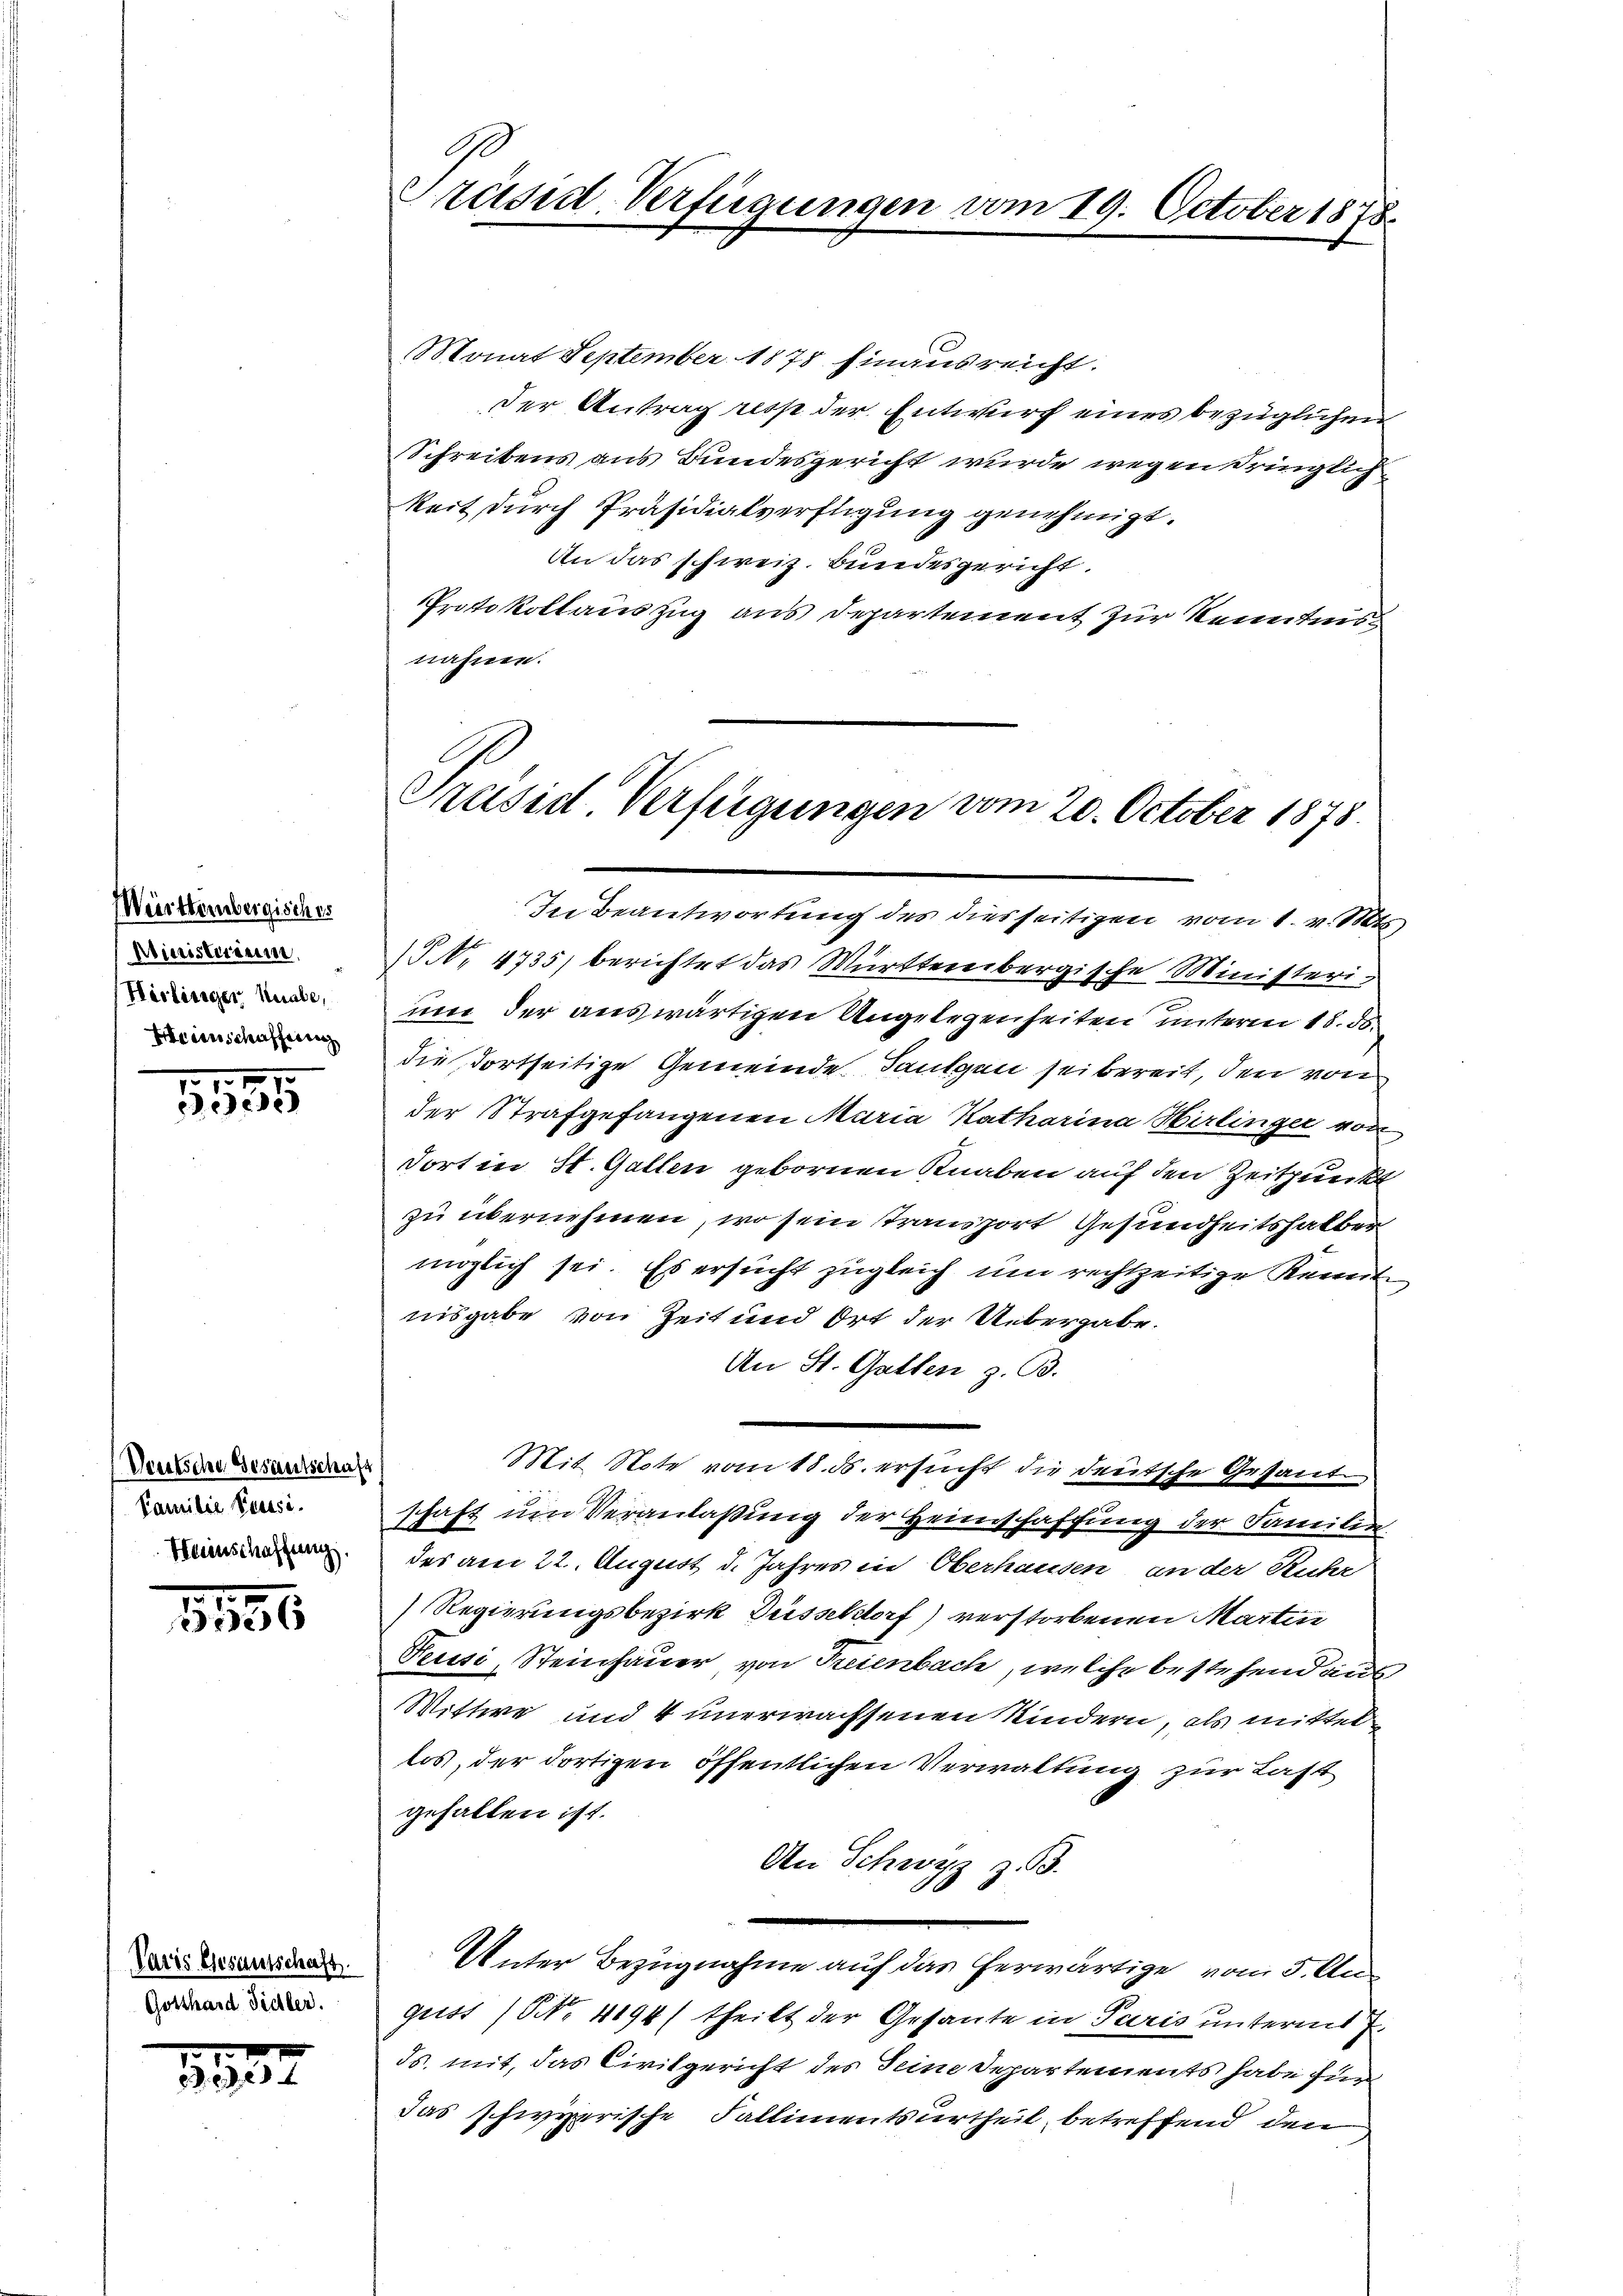
Württembergisches
Ministerium
Herliniger Knabe,
Hereinschaffung

1
eede

Veutsche Gesantschaft
Familie Pensi¬
Heinschaffung.

e
5556

Varis Gesamtschaft.
Gotthard Sidler.

1932.

G
Präsid. Verfügungen vom 19. October 1878

Monat September 1878 hinausreicht.
der Antrag resp der Entwurf eines bezüglichen
Schreibens aus Bundesgericht wurde wegen dringlich
keit durch Präsidialverfügung genehmigt.
An das schweiz. Bundesgericht.
Protokollauszug aus Departement zur Kenntnis
nähme.
In Beantwortung des diesseitigen vom 1. v. Mts.
Nr 4735) berichtet das Württereibergische Ministerium der auswärtigen Angelegenheiten unterm 15. 50.
die, dortseitige Gemeinde Langen sei bereit, der von
der Strafgefangenen Maria Katharina Hirlinger von
dort in St. Gallen gebornen Knaben auf den Zeitpunkt
zu übernehmen, wo sein transport Gesundheitshalber
möglich sei. Es ersucht zugleich um rechtzeitige Kennt-
nisgabe von Zeit und Ort der Uebergabe.
An St. Gallen z. B.
Mit Note vom 18. ds. ersucht die dreitsche Gesant
schaft um Veranlaßung der Heimschaffung der Familie
des am 22. August d. Jahres in Oberhausen, an der Ruhr
Regierungsbezirk Düsseltorf) verstorbenen Martin
Feussi, Steinhauer, von Freienbach, welche bestehend aus,
Wittwe und 4 unerwachsenen Kindern, als mittellos, der dortigen öffentlichen Verwaltung zur Last
gehalten ist.
An Schwyz z. B.
Unter Bezugnahme auf das herwärtige vom 3. August (NNo. 4194) theilt der Gesante in Paris unterm 7.
ds. mit, das Civilgericht des Seine Departements habe für
das schwyzerische Fallimentsurtheil betreffend den

Präsid Verfügungen vom 20. October 1873.